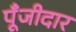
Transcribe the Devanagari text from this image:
पूँजीदार